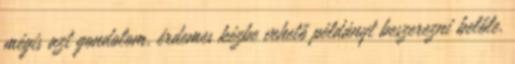
mégis azt gondolom, érdemes kézbe vehető példányt beszerezni belőle.